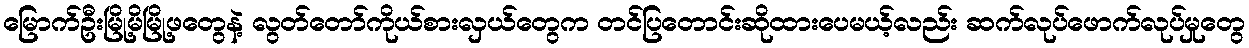
မြောက်ဦးမြို့မိမြို့ဖတွေနဲ့ လွတ်တော်ကိုယ်စားလှယ်တွေက တင်ပြတောင်းဆိုထားပေမယ့်လည်း ဆက်လုပ်ဖောက်လုပ်မှုတွေ